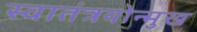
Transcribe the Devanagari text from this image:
स्वातंत्रयोन्मुख